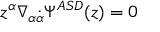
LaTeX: z ^ { \alpha } \nabla _ { \alpha { \dot { \alpha } } } \Psi ^ { { \cal A S D } } ( z ) = 0